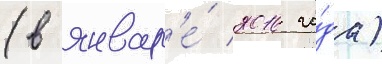
(в январ'е́ 2016 го́да)